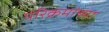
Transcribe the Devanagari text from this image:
परिक्रमांच्या